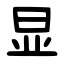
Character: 显